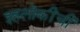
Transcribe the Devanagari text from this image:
इहलोकींची